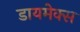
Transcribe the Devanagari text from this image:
डायमेक्स